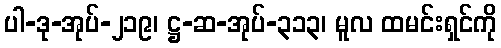
ပါ-ဒု-အုပ်-၂၁၉၊ ဋ္ဌ-ဆ-အုပ်-၃၁၃၊ မူလ ထမင်းရှင်ကို